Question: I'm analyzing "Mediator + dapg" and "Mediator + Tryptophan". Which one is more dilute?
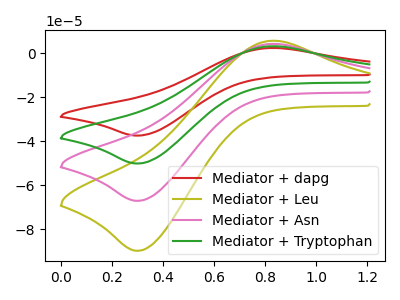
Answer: <think>The red curve "Mediator + dapg" has an anodic peak at (0.85V, 2.35uA) and a cathodic peak at (0.30V, -37.50uA). The olive curve "Mediator + Leu" has an anodic peak at (0.85V, 9.50uA) and a cathodic peak at (0.30V, -150.60uA). The pink curve "Mediator + Asn" has an anodic peak at (0.85V, 6.35uA) and a cathodic peak at (0.30V, -100.40uA). The green curve "Mediator + Tryptophan" has an anodic peak at (0.85V, 3.15uA) and a cathodic peak at (0.30V, -50.20uA).
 All the peaks in "Mediator + dapg" have a peak in "Mediator + Tryptophan" at the same potential. Every peak in "Mediator + dapg" is lower than every peak in "Mediator + Tryptophan".</think>
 <answer>"Mediator + dapg" has less signal than "Mediator + Tryptophan" and so likely has a lower concentration.</answer>
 <eval>less_concentration</eval>